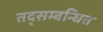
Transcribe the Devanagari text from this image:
तद्सम्बन्धित